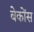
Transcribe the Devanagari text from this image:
बेकोंस